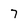
Character: 7